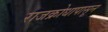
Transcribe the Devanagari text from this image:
राजक्रोधापासून